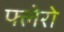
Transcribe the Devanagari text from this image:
फ्लेरो